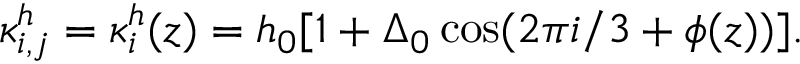
\kappa _ { i , j } ^ { h } = \kappa _ { i } ^ { h } ( z ) = h _ { 0 } [ 1 + \Delta _ { 0 } \cos ( 2 \pi i / 3 + \phi ( z ) ) ] .